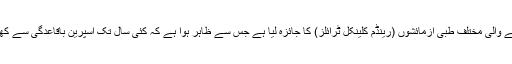
اسی ضمن میں سائنسدانوں نے 20 سال میں ہونے والی مختلف طبّی آزمائشوں (رینڈم کلینکل ٹرائلز) کا جائزہ لیا ہے جس سے ظاہر ہوا ہے کہ کئی سال تک اسپرین باقاعدگی سے کھانے سے آنتوں کے سرطان کو ٹالا جاسکتا ہے۔